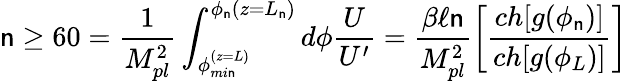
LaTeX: \mathsf{n}\geq60=\frac{{1}}{{M_{pl}^{2}}}\int_{\phi_{mi\mathsf{n}}^{(z=L)}}^{\phi_{\mathsf{n}}(z=L_{\mathsf{n}})}d\phi\frac{{U}}{{U^{\prime}}}=\frac{{\beta\ell\mathsf{n}}}{{M_{pl}^{2}}}\left[\frac{{ch[g(\phi_{\mathsf{n}})]}}{{ch[g(\phi_{L})]}}\right]